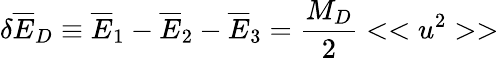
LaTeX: \delta{\overline{{E}}}_{D}\equiv{\overline{{E}}}_{1}-{\overline{{E}}}_{2}-{\overline{{E}}_{3}}={\frac{M_{D}}{2}}<<u^{2}>>